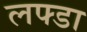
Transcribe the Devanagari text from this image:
लफ्डा